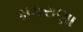
મકરાણા